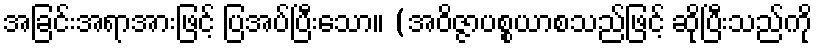
အခြင်းအရာအားဖြင့် ပြအပ်ပြီးသော။ (အဝိဇ္ဇာပစ္စယာစသည်ဖြင့် ဆိုပြီးသည်ကို